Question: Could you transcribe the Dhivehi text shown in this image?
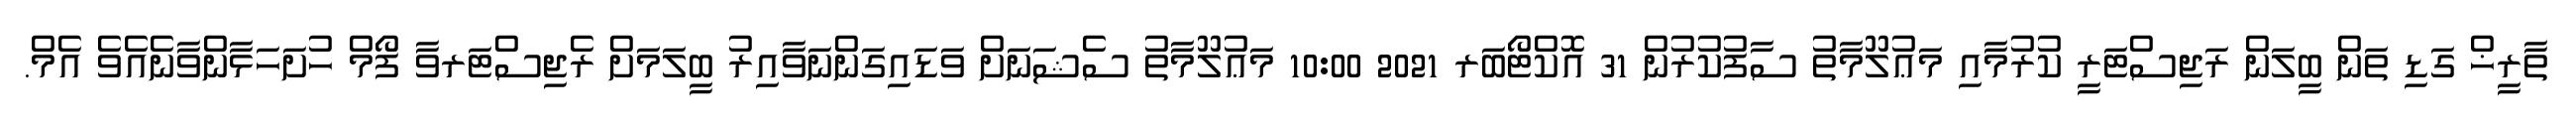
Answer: ތާރީޚް ގަޑި ތަން ބީލަން ރަޖިސްޓަރީ ކުރުމާއި މަޢުލޫމާތު ސާފުކުރުން 31 އޮކްޓޯބަރ 2021 10:00 މަޢުލޫމާތު ސެޝަނަށް ވަޑައިގަންނަވާއިރު ބީލަމަށް ރެޖިސްޓަރވާ ފޯމް ހުށަހަޅާންވާނެއެވެ އެމް.